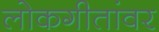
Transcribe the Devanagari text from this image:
लोकगीतांवर